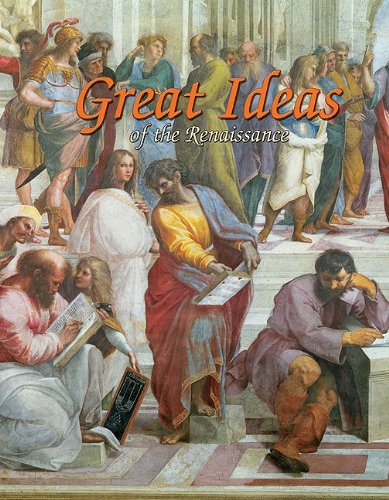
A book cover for Great Ideas of the Renaissance (Renaissance World); Trudee Romanek; Children's Books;